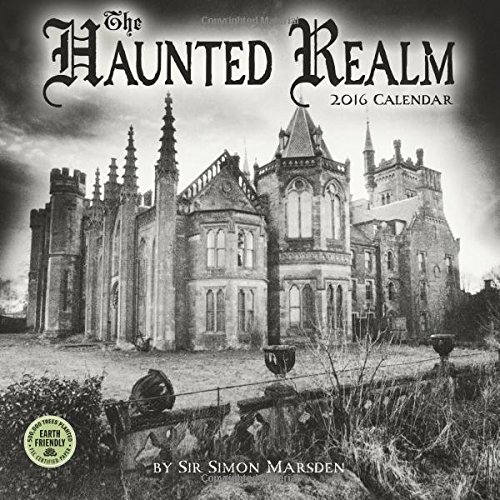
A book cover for The Haunted Realm 2016 Wall Calendar; Simon Marsden; Calendars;